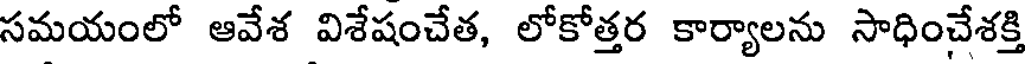
సమయంలో ఆవేశ విశేషంచేత, లోకోత్తర కార్యాలను సాధించేశక్తి